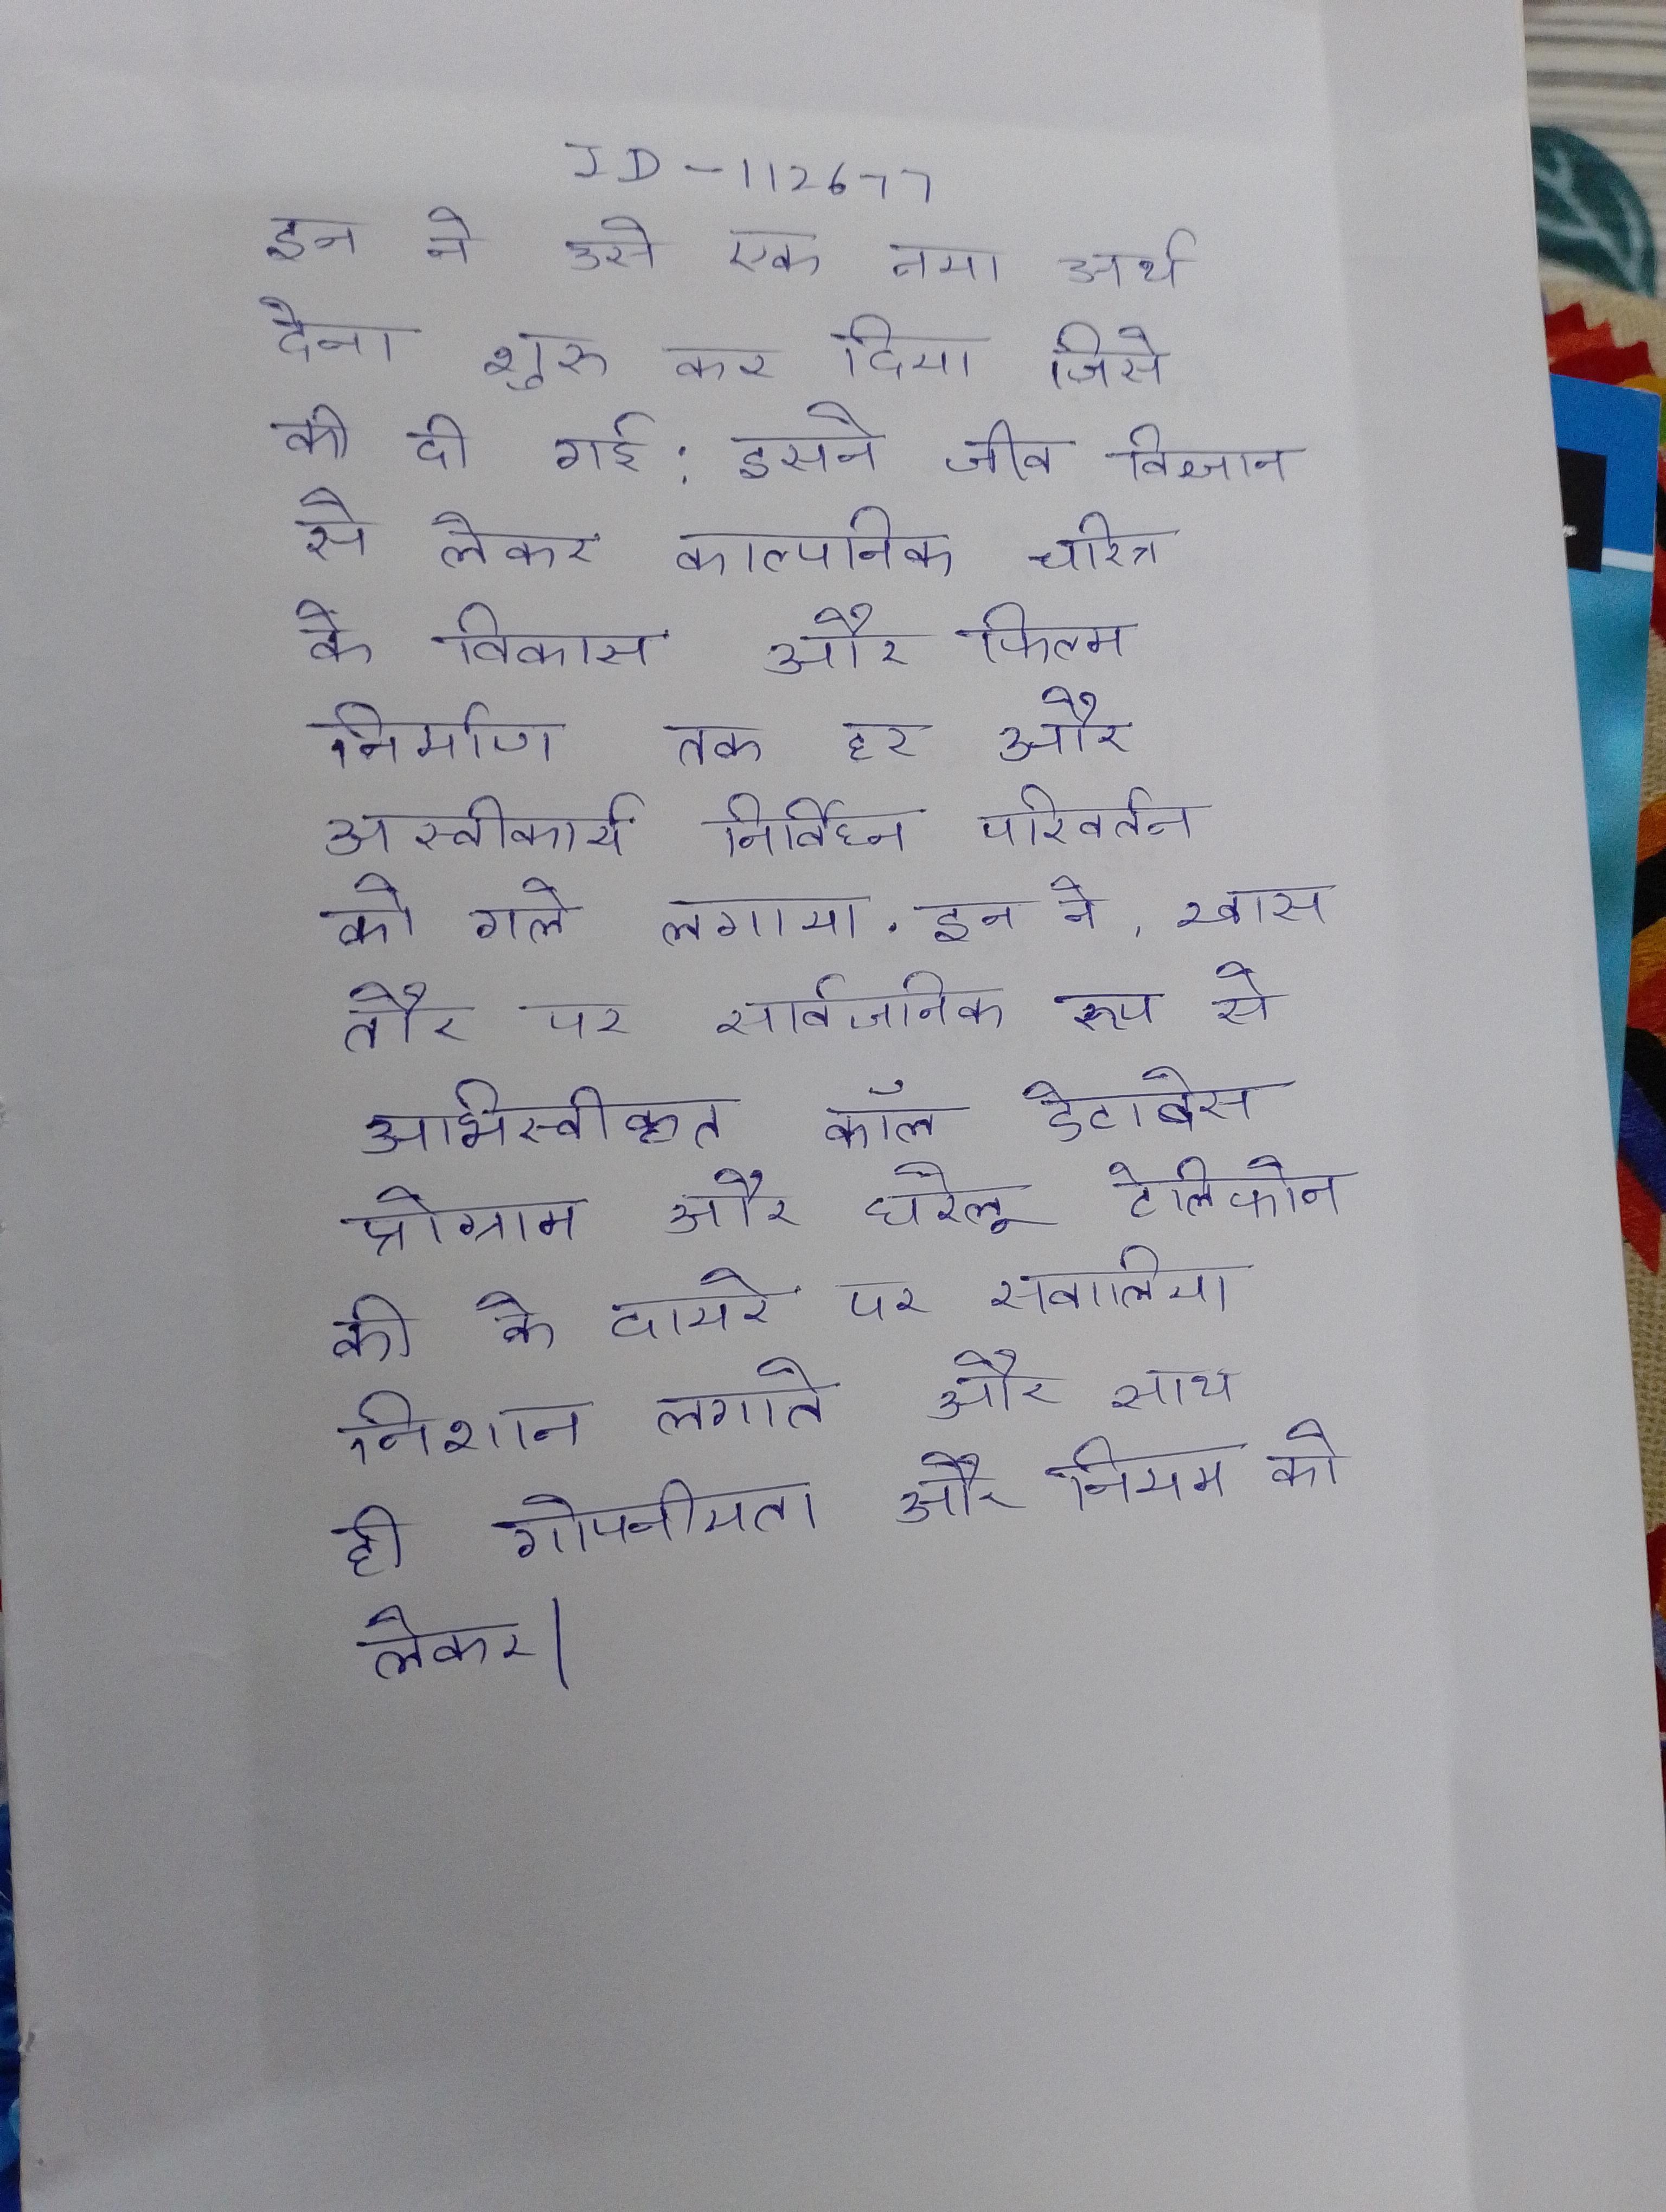
इन ने उसे एक नया अर्थ देना शुरू कर दिया जिसे की दी गई: इसने जीव विज्ञान से लेकर काल्पनिक चरित्र के विकास और फिल्म निर्माण तक हर और अस्वीकार्य निर्विघ्न परिवर्तन को गले लगाया . इन ने, खास तौर पर सार्वजनिक रूप से अभिस्वीकृत कॉल डेटाबेस प्रोग्राम और घरेलू टेलिफोन की के दायरे पर सवालिया निशान लगाते और साथ ही गोपनीयता और नियम को लेकर ।